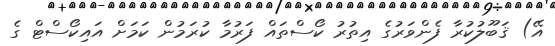
އޭ) ޤަބޫލުކުރާ ފެންވަރުގެ އިތުރު ކޯސްތައް ފަރުމާ ކުރަމުން ކަމަށް އައިކޯސްޓް ގެ